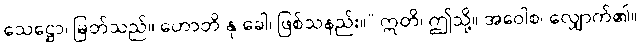
သေဋ္ဌော၊ မြတ်သည်။ ဟောတိ နု ခေါ၊ ဖြစ်သနည်း။” ဣတိ၊ ဤသို့။ အဝေါစ၊ လျှောက်၏။